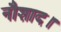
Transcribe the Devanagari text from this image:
नौशाद।